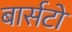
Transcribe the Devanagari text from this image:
बार्सटो